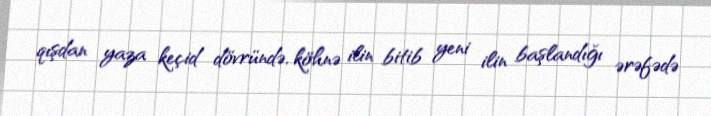
qışdan yaza keçid dövründə, köhnə ilin bitib yeni ilin başlandığı ərəfədə